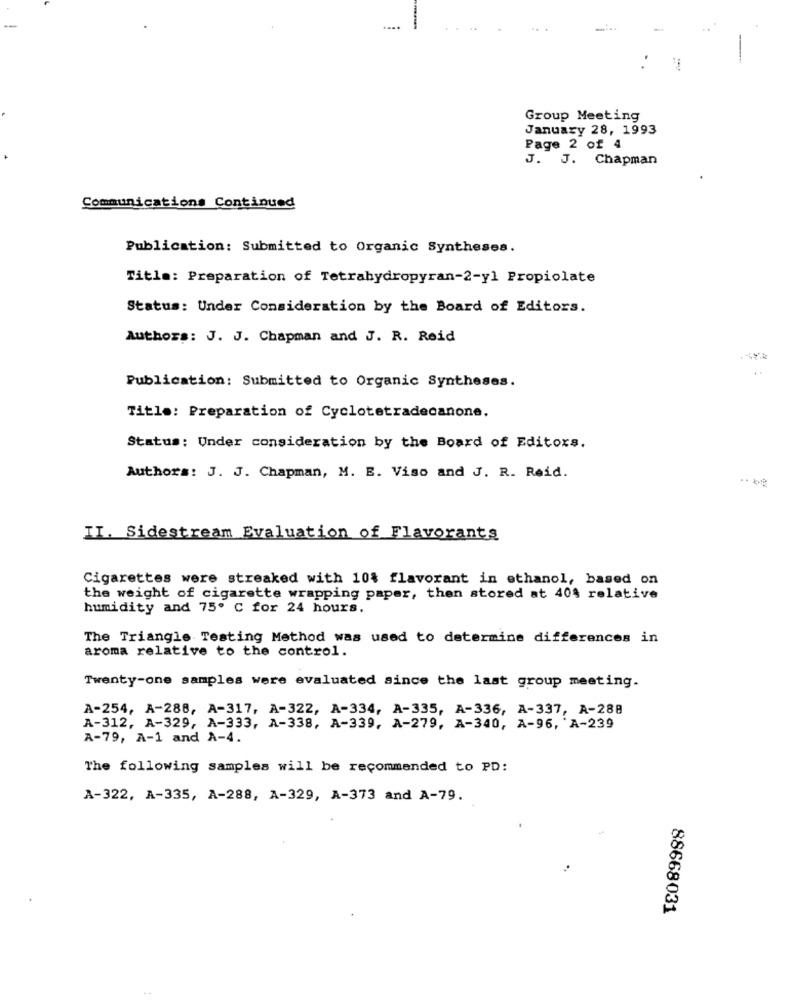
....
Group Meeting
January 28, 1993
Page 2 of 4
J. J. Chapman
Communications Continued
Publication: Submitted to Organic Syntheses.
Title: Preparation of Tetrahydropyran-2-yl Propiolate
Status: Under Consideration by the Board of Editors.
Authors: J. J. Chapman and J. R. Reid
Publication: Submitted to Organic Syntheses.
Title: Preparation of Cyclotetradecanone.
Status: Under consideration by the Board of Editors.
Authors: J. J. Chapman, M. E. Viso and J. R. Reid.
II. Sidestream Evaluation of Flavorants
Cigarettes were streaked with 10% flavorant in ethanol, based on
the weight of cigarette wrapping paper, then stored at 40% relative
humidity and 75º C for 24 hours.
The Triangle Testing Method was used to determine differences in
aroma relative to the control.
Twenty-one samples were evaluated since the last group meeting.
A-254, A-288, A-317, A-322, A-334, A-335, A-336, A-337, A-288
A-312, A-329, A-333, A-338, A-339, A-279, A-340, A-96, 'A-239
A-79, A-1 and A-4.
The following samples will be recommended to PD:
A-322, A-335, A-288, A-329, A-373 and A-79.
88668031